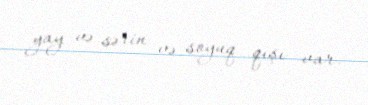
yay və sərin və soyuq qışı var.